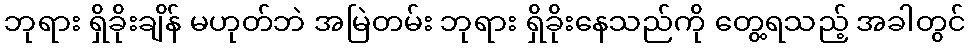
ဘုရား ရှိခိုးချိန် မဟုတ်ဘဲ အမြဲတမ်း ဘုရား ရှိခိုးနေသည်ကို တွေ့ရသည့် အခါတွင်